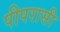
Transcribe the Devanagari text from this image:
पीपरासी